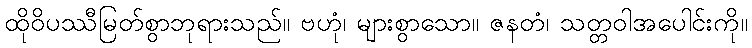
ထိုဝိပဿီမြတ်စွာဘုရားသည်။ ဗဟုံ၊ များစွာသော။ ဇနတံ၊ သတ္တဝါအပေါင်းကို။